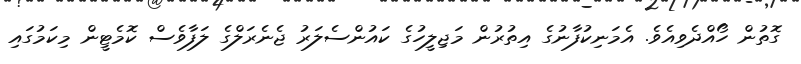
ގޮތުން ހޯއްދެވިއެވެ. އެމަނިކުފާނުގެ އިތުރުން މަޖިލީހުގެ ކައުންސެލަރު ޖެނެރަލްގެ ލަފާވެސް ކޮމެޓީން މިކަމުގައި